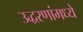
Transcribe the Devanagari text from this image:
उद्धरणांमध्ये